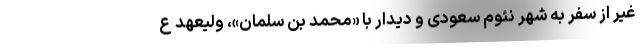
غیر از سفر به شهر نئوم سعودی و دیدار با «محمد بن سلمان»، ولیعهد ع